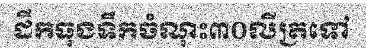
ដឹកធុងទឹកចំណុះ៣០លីត្រទៅ